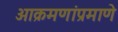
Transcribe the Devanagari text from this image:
आक्रमणांप्रमाणे